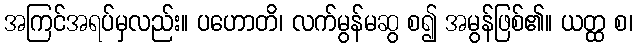
အကြင်အရပ်မှလည်း။ ပဟောတိ၊ လက်မွန်မဆွ စ၍ အမွန်ဖြစ်၏။ ယတ္ထ စ၊